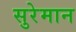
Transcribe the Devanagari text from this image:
सुरेमान